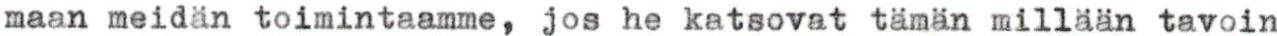
maan meidän toimintaamme, jos he katsovat tämän millään tavoin